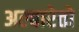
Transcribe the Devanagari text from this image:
अल्बारेतो